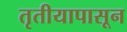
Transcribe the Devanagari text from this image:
तृतीयापासून